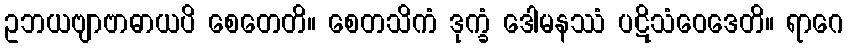
ဥဘယဗျာဗာဓာယပိ စေတေတိ။ စေတသိကံ ဒုက္ခံ ဒေါမနဿံ ပဋိသံဝေဒေတိ။ ရာဂေ